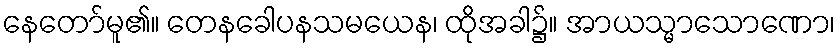
နေတော်မူ၏။ တေနခေါပနသမယေန၊ ထိုအခါ၌။ အာယသ္မာသောဏော၊